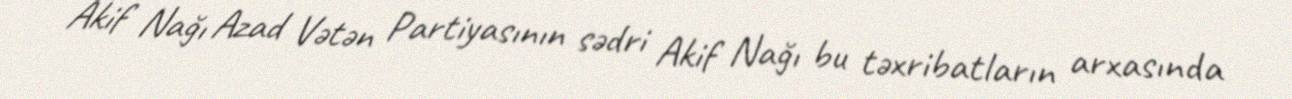
Akif Nağı Azad Vətən Partiyasının sədri Akif Nağı bu təxribatların arxasında